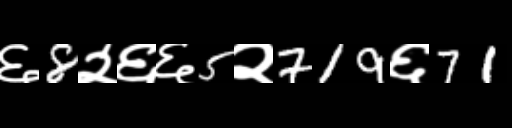
Text: ६8२६६5२719६71